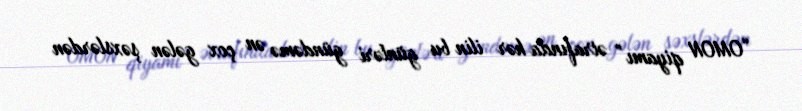
“OMON qiyamı” ətrafında hər ilin bu günləri gündəmə ən çox gələn şəxslərdən